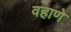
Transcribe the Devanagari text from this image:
वहाणे